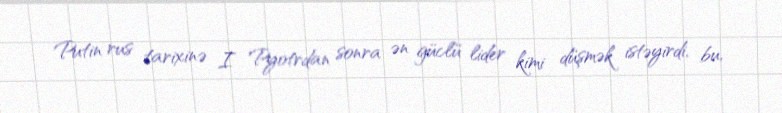
Putin rus tarixinə I Pyotrdan sonra ən güclü lider kimi düşmək istəyirdi, bu,